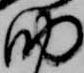
助